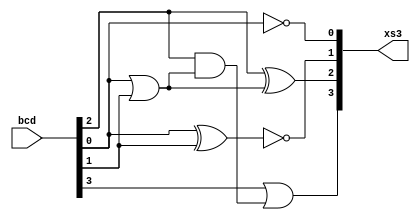
module bcd_to_xs3 (bcd, xs3);   // no need to include in modelsim

    input [3:0] bcd;
    output [3:0] xs3;
    wire w1, w2;

    or (w1, bcd[0], bcd[1]);
    and (w2, bcd[2], w1);
    or (xs3[3], bcd[3], w2);
    xor (xs3[2], bcd[2], w1);
    xnor (xs3[1], bcd[0], bcd[1]);
    not (xs3[0], bcd[0]);

endmodule

module bcd_to_xs3_tb ();

    reg [3:0] bcd;
    wire [3:0] xs3;

    bcd_to_xs3 bcdtoxs3 (.bcd(bcd), .xs3(xs3));

    initial begin
        $dumpfile("bcd_to_xs3.vcd");
        $dumpvars(0, bcd_to_xs3_tb);

        bcd[3] = 0; bcd[2] = 0; bcd[1] = 0; bcd[0] = 0; #2;
        bcd[3] = 0; bcd[2] = 0; bcd[1] = 0; bcd[0] = 1; #2;
        bcd[3] = 0; bcd[2] = 0; bcd[1] = 1; bcd[0] = 0; #2;
        bcd[3] = 0; bcd[2] = 0; bcd[1] = 1; bcd[0] = 1; #2;
        bcd[3] = 0; bcd[2] = 1; bcd[1] = 0; bcd[0] = 0; #2;
        bcd[3] = 0; bcd[2] = 1; bcd[1] = 0; bcd[0] = 1; #2;
        bcd[3] = 0; bcd[2] = 1; bcd[1] = 1; bcd[0] = 0; #2;
        bcd[3] = 0; bcd[2] = 1; bcd[1] = 1; bcd[0] = 1; #2;
        bcd[3] = 1; bcd[2] = 0; bcd[1] = 0; bcd[0] = 0; #2;
        bcd[3] = 1; bcd[2] = 0; bcd[1] = 0; bcd[0] = 1; #2;
        $finish;
    end

endmodule